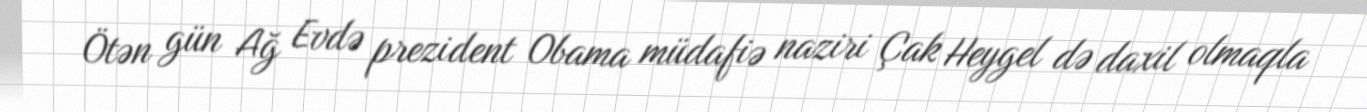
Ötən gün Ağ Evdə prezident Obama müdafiə naziri Çak Heygel də daxil olmaqla